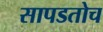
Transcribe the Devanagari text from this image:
सापडतोच